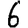
Digit: 6